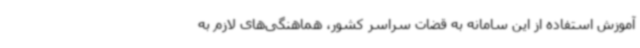
آموزش استفاده از این سامانه به قضات سراسر کشور، هماهنگی‌های لازم به